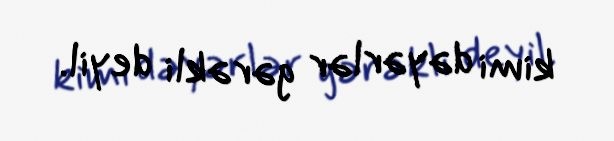
kimi dəyərlər gərəkli deyil.